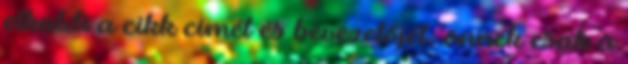
elküldi a cikk címét és bevezetőjét, önnek csak a